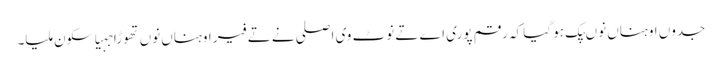
جدوں اوہناں نوںپک ہو گیا کہ رقم پوری اے تے نوٹ وی اصلی نے تے فیر اوہناں نوں تھوڑا جہیا سکون ملیا۔